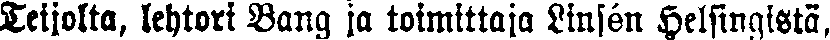
Teijolta, lehtori Bang ja toimittaja Linsén Helsingistä,